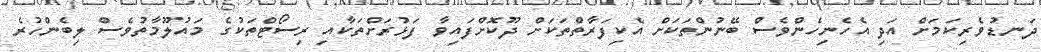
ދަނޑުވެރިކަމަށް އަދި އެހެނިހެންވެސް ބޭނުންތަކަށް އެކިފަރާތްތަކަށް ދޫކޮށްފައިވާ ފަޅުރަށްތަކާއި ރިސޯޓްތަކުގެ މައުލޫމާތުވެސް ލިބެންހުރެ